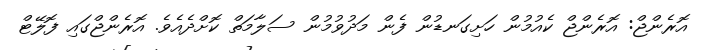
އޮރެންޖް: އޮރެންޖް ކެއުމުން ހަށިގަނޑުން ފެން މަދުވުމުން ސަލާމަތް ކޮށްދެއެވެ. އޮރެންޖްގައި ފޮލޭޓް